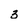
Character: 3